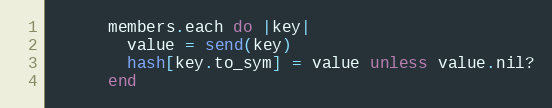
Language: Ruby
      members.each do |key|
        value = send(key)
        hash[key.to_sym] = value unless value.nil?
      end